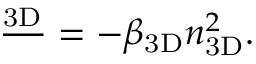
\frac { \d n _ { \mathrm { 3 D } } } { \d t } = - \beta _ { \mathrm { 3 D } } n _ { \mathrm { 3 D } } ^ { 2 } .